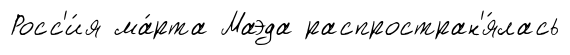
Росс'и́я ма́рта Маэда распростран'я́лась